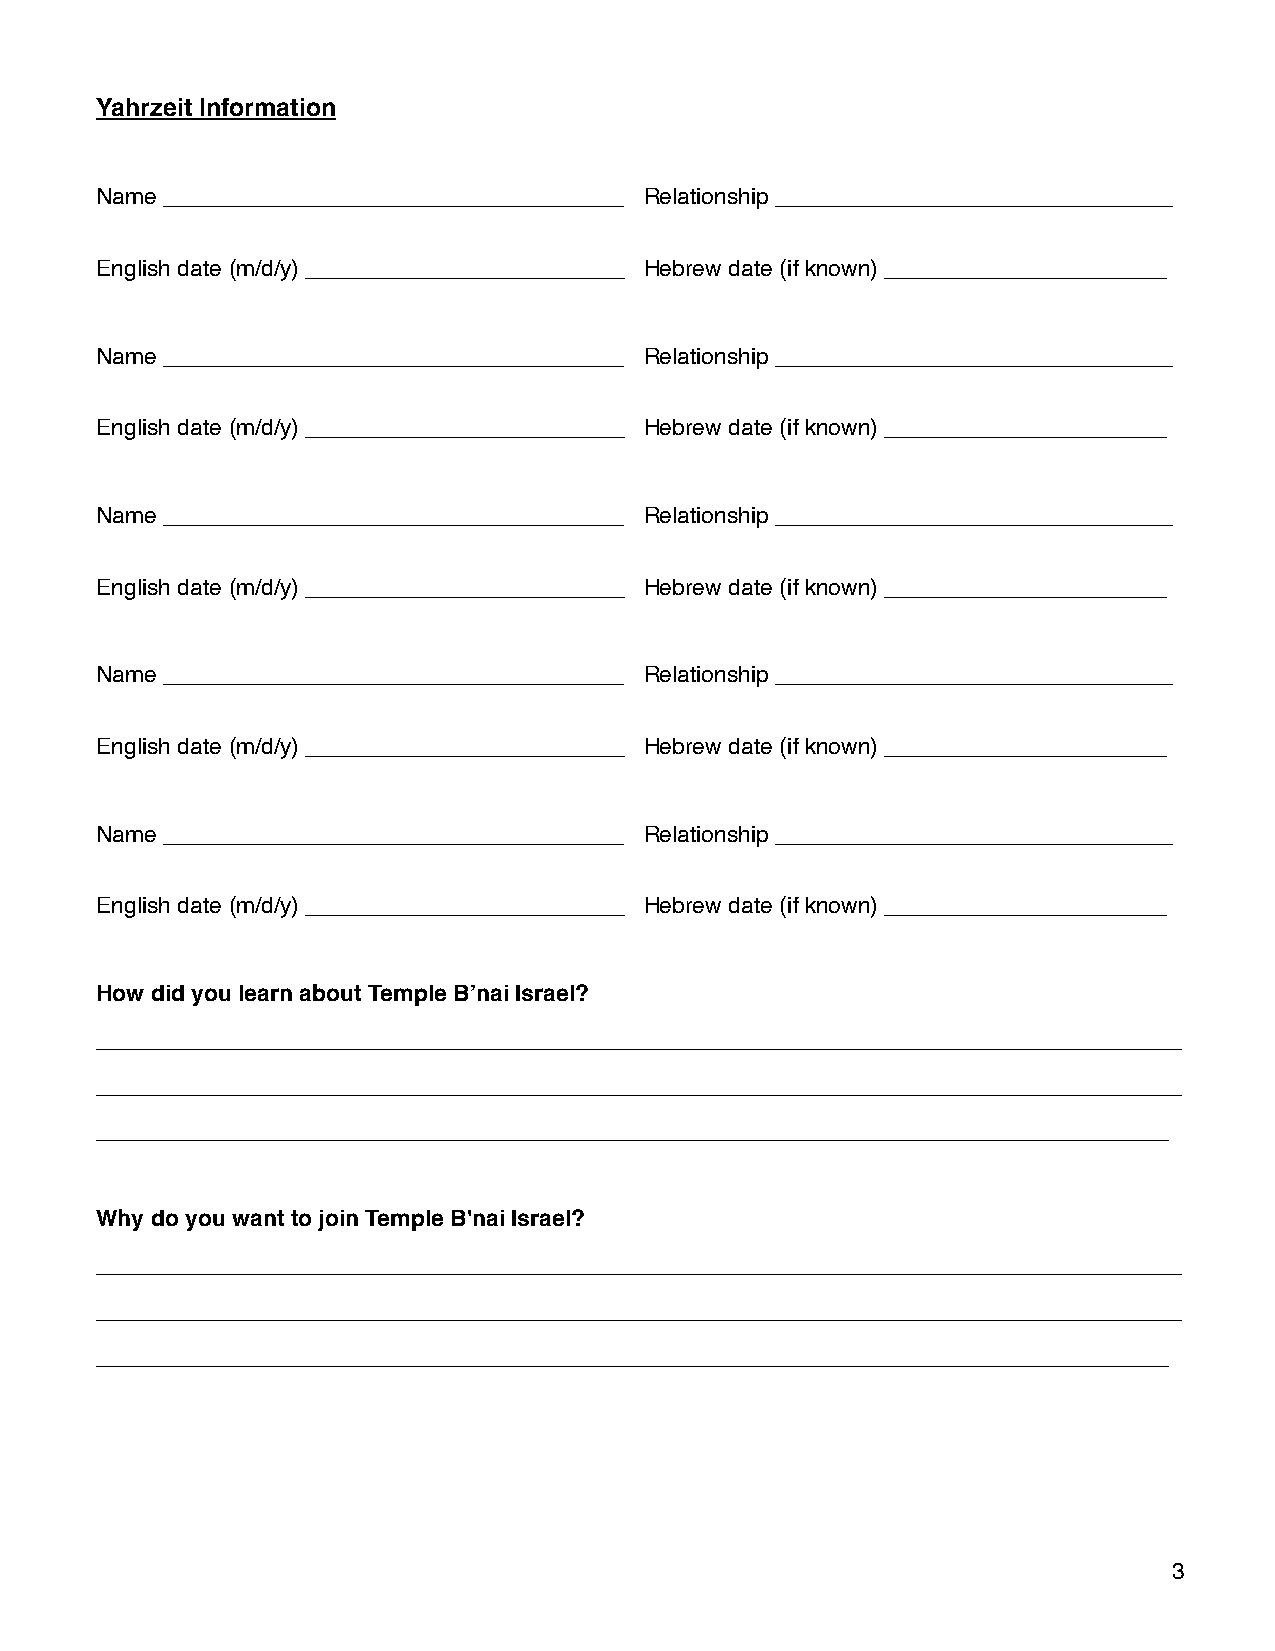
YYaahhrrzzeeiitt IInnffoorrmmaattiioonn
 NNaammee ________________________________________________________________________ RReellaattiioonnsshhiipp ______________________________________________________________
 EEnngglliisshh ddaattee ((mm//dd//yy)) __________________________________________________ HHeebbrreeww ddaattee ((iiff kknnoowwnn)) ____________________________________________
 NNaammee ________________________________________________________________________ RReellaattiioonnsshhiipp ______________________________________________________________
 EEnngglliisshh ddaattee ((mm//dd//yy)) __________________________________________________ HHeebbrreeww ddaattee ((iiff kknnoowwnn)) ____________________________________________
 NNaammee ________________________________________________________________________ RReellaattiioonnsshhiipp ______________________________________________________________
 EEnngglliisshh ddaattee ((mm//dd//yy)) __________________________________________________ HHeebbrreeww ddaattee ((iiff kknnoowwnn)) ____________________________________________
 NNaammee ________________________________________________________________________ RReellaattiioonnsshhiipp ______________________________________________________________
 EEnngglliisshh ddaattee ((mm//dd//yy)) __________________________________________________ HHeebbrreeww ddaattee ((iiff kknnoowwnn)) ____________________________________________
 NNaammee ________________________________________________________________________ RReellaattiioonnsshhiipp ______________________________________________________________
 EEnngglliisshh ddaattee ((mm//dd//yy)) __________________________________________________ HHeebbrreeww ddaattee ((iiff kknnoowwnn)) ____________________________________________
 HHooww ddiidd yyoouu lleeaarrnn aabboouutt TTeemmppllee BB’’nnaaii IIssrraaeell??
 __________________________________________________________________________________________________________________________________________________________________________
 __________________________________________________________________________________________________________________________________________________________________________
 ________________________________________________________________________________________________________________________________________________________________________
 WWhhyy ddoo yyoouu wwaanntt ttoo jjooiinn TTeemmppllee BB''nnaaii IIssrraaeell??
 __________________________________________________________________________________________________________________________________________________________________________
 __________________________________________________________________________________________________________________________________________________________________________
 ________________________________________________________________________________________________________________________________________________________________________
 33